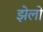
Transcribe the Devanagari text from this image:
झेलो